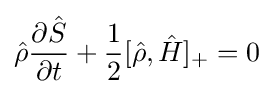
{\hat {\rho }}{\frac {\partial {\hat {S}}}{\partial t}}+{\frac {1}{2}}[{\hat {\rho }},{\hat {H}}]_{+}=0